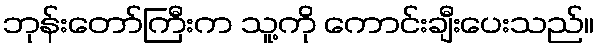
ဘုန်းတော်ကြီးက သူ့ကို ကောင်းချီးပေးသည်။